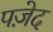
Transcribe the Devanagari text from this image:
पज़ेद